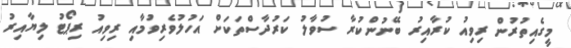
މީގެއިތުރުން ރިވިއު ކުރާއިރު ބޭނުންކުރާ ސުވާލު ކަރުދާސްތަކަށް އަހުލުވެރިވުމާއި ރިވިއު ރިޕޯޓު ލިޔާއިރު